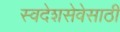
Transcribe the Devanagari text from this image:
स्वदेशसेवेसाठी